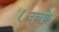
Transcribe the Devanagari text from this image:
।उनके